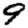
Digit: 9